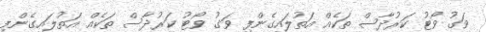
ވަގު ވޯޓު ކަރުދާސް ތަކެއް އަތުލައިގެންފި ވަގު ވޯޓު ކަރުދާސް ތަކެއް އަތުލައިގެންފި